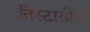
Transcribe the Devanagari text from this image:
विस्टातील